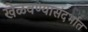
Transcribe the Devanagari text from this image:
खेळवण्यासंदर्भात